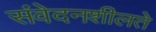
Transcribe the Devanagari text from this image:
संवेदनशीलते